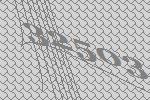
32503